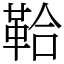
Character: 鞈